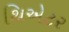
થિએટર